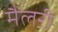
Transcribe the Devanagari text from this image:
मैलरी